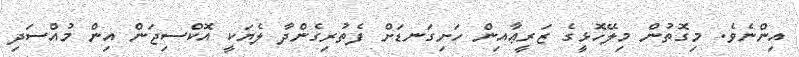
އިންނެވެ. މިގޮތުން މިލޭހޮޅީގެ ޒަރީޢާއިން ހަށިގަނޑަށް ފެތުރިގެންދާ ލެޔަކީ އޮކްސިޖަން އިން މުއްސަދި